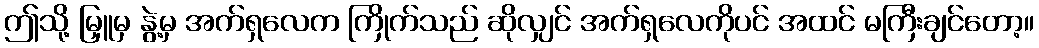
ဤသို့ မြှူမှ နွဲ့မှ အက်ရှလေက ကြိုက်သည် ဆိုလျှင် အက်ရှလေကိုပင် အထင် မကြီးချင်တော့။